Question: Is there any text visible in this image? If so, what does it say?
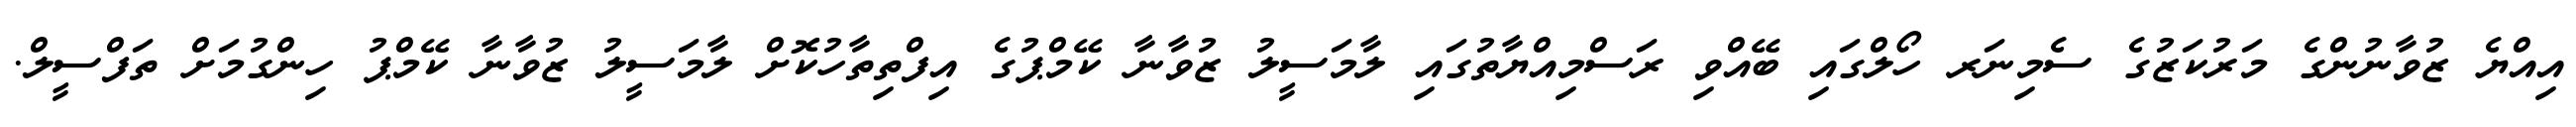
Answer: އިއްޔެ ޒުވާނުންގެ މަރުކަޒުގެ ސެމިނަރ ހޯލްގައި ބޭއްވި ރަސްމިއްޔާތުގައި ލާމަސީލު ޒުވާނާ ކޭމްޕުގެ އިފްތިތާހުކޮށް ލާމަސީލު ޒުވާނާ ކޭމްޕު ހިންގުމަށް ތަފްސީލް.